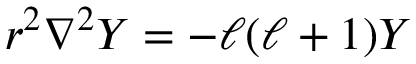
r ^ { 2 } \nabla ^ { 2 } Y = - \ell ( \ell + 1 ) Y